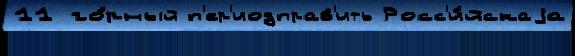
11 го́рный п'ер'иодправ'ить Росс'и́йскаjа